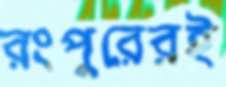
রংপুরেরই